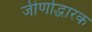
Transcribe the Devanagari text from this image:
जीर्णोद्धारक